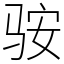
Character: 䯃